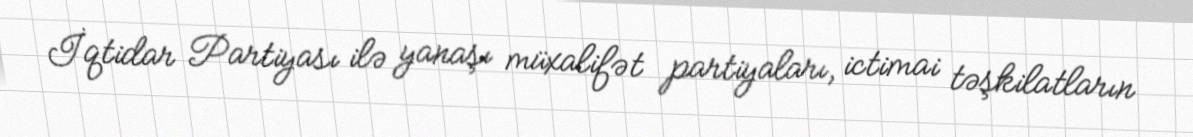
İqtidar Partiyası ilə yanaşı müxalifət partiyaları, ictimai təşkilatların